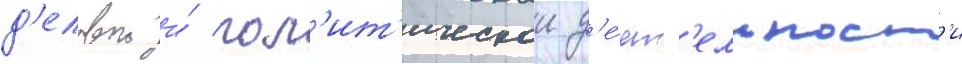
д'еловои и́ пол'ит'ическои д'е́ят'ельност'и